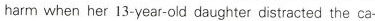
harm when her 13-year-old daughter distracted the ca-